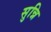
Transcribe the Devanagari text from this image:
सुन्नि